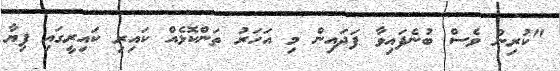
"ކުރިން ވެސް ބުނެފައިވާ ފަދައިން މި އަހަރު ތަންކޮޅެއް ކައިރި ކައިރީގައި ފިޔާ